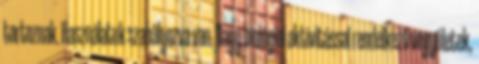
tartoznak. Használatuk szabályozva van. Nagy biológiai aktivitással rendelkező vegyületek,